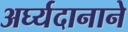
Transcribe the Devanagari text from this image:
अर्घ्यदानाने